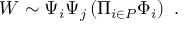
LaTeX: W \sim \Psi _ { i } \Psi _ { j } \left( \Pi _ { i \in P } \Phi _ { i } \right) \ .